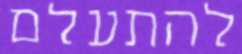
להתעלם